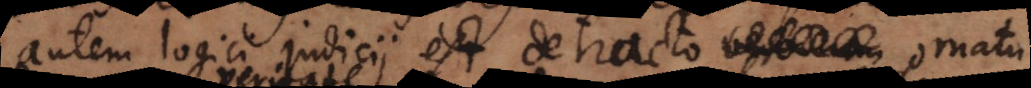
autem logici judicii est detracto ornatu